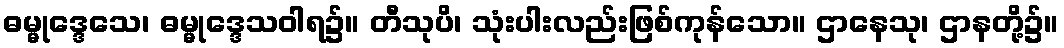
ဓမ္မုဒ္ဒေသေ၊ ဓမ္မုဒ္ဒေသဝါရ၌။ တီသုပိ၊ သုံးပါးလည်းဖြစ်ကုန်သော။ ဌာနေသု၊ ဌာနတို့၌။